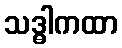
သဒ္ဓါကထာ